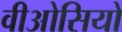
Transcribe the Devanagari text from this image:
वीओसियों